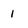
Character: 1